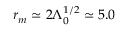
r _ { m } \simeq 2 \Lambda _ { 0 } ^ { 1 / 2 } \simeq 5 . 0